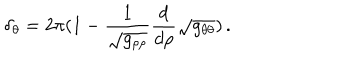
\delta _ { \theta } = 2 \pi ( 1 - \frac { 1 } { \sqrt { g _ { \rho \rho } } } \frac { d } { d \rho } \sqrt { g _ { \theta \theta } } ) \, .